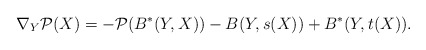
\begin{align*}\nabla_Y \mathcal{P}(X)= - \mathcal{P}(B^*(Y,X)) - B(Y,s(X)) + B^*(Y,t(X)).\end{align*}